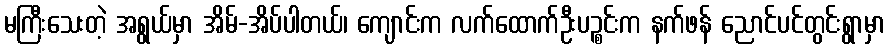
မကြီးသေးတဲ့ အရွယ်မှာ အိမ်-အိပ်ပါတယ်၊ ကျောင်းက လက်ထောက်ဦးပဉ္စင်းက နက်ဖန် ညောင်ပင်တွင်းရွာမှာ